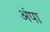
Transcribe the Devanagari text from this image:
अंपा